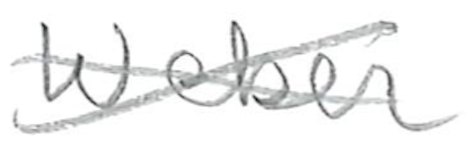
Text: Weber
Cross-out: cross
Writing tool: pencil